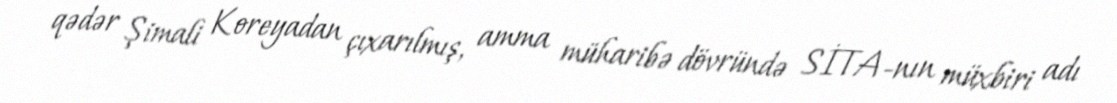
qədər Şimali Koreyadan çıxarılmış, amma müharibə dövründə SİTA-nın müxbiri adı